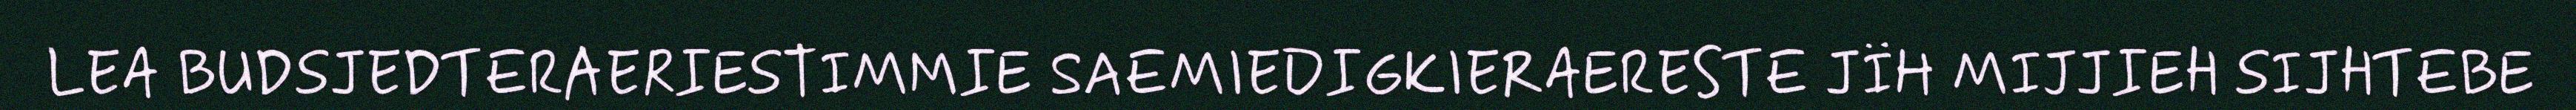
LEA BUDSJEDTERAERIESTIMMIE SAEMIEDIGKIERAERESTE JÏH MIJJIEH SIJHTEBE